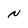
Character: N